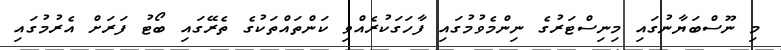
މި ނޫސްބަޔާނުގައި މިނިސްޓަރުގެ ނިންމެވުމުގައި ފާހަގަކުރެއްވި ކަންތައްތަކުގެ ތެރޭގައި ބޯޓު ފަރަށް އެރުމުގައި